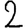
Digit: 2